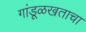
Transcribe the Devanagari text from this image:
गांडूळखताचा